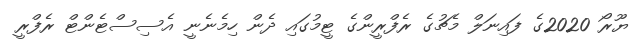
ޔޫރޯ 2020ގެ ފައިނަލް މެޗުގެ ރެފްރީންގެ ޓީމުގައި ދެން ހިމެނެނީ އެސިސްޓެންޓް ރެފްރީ